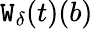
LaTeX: \mathtt{W}_{\delta}(t)({b})